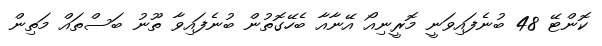
ކޮންޓޭ 48 ބުނެފައިވަނީ މޮރީނިއޯ އޭނާއާ ބެހޭގޮތުން ބުނެފައިވާ ތޫނު ބަސްތައް މަތިން